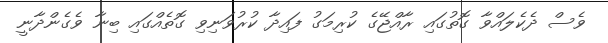
ވެސް ދެކެލައްވާ ގޮތުގައި ރާއްޖޭގެ ކުރިމަގު ފައިދާ ކުރުވަނިވި ގޮތެއްގައި ބިނާ ވެގެންދާނީ